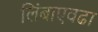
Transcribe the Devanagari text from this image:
लिंबाएवढा